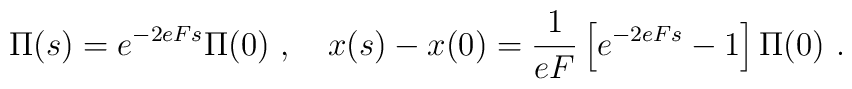
\Pi(s)=e^{-2eFs}\Pi(0)\ , ~~~x(s)-x(0)=\frac{1}{eF}\left[e^{-2eFs}-1\right]\Pi(0)\ .